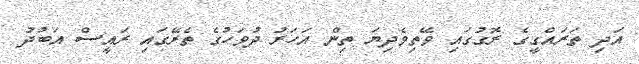
އަދި ތަރައްގީގެ ރޮގުގައި ވޭތިވެދިޔަ ތިން އަހަރު ދުވަހުގެ ތެރޭގައި ރައީސް އަބުދު